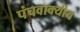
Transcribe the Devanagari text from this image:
पंचवाक्यीय